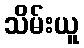
သိမ်းယူ